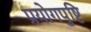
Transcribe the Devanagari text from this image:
प्रयोगपुष्टि